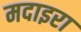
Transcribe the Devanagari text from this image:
मदाइरा